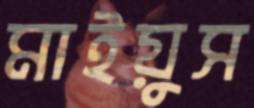
মাইয়ুস